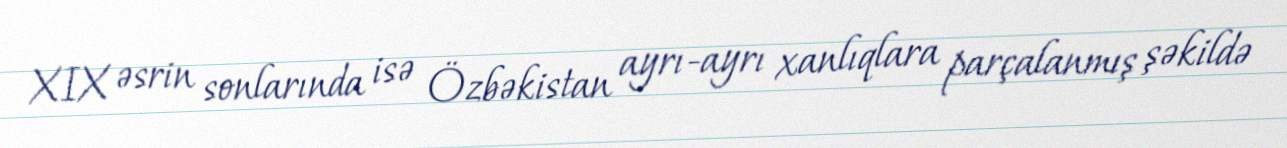
XIX əsrin sonlarında isə Özbəkistan ayrı-ayrı xanlıqlara parçalanmış şəkildə